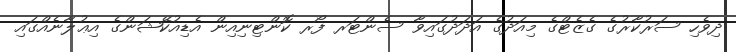
ދިވެހި ސަރުކާރުގެ ގެޒެޓްގެ މިއަދުގެ އަދަދުގައިވާ ސެންޓަރ ފޯރ ކޮންޓިނިއިން އެޑިއުކޭޝަންގެ އިޢުލާނެއްގައި